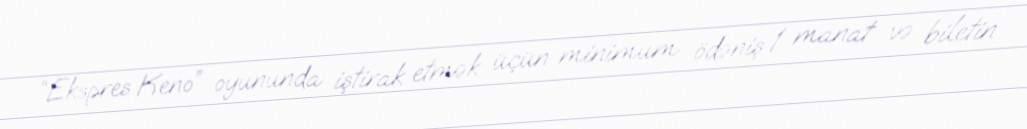
“Ekspres Keno” oyununda iştirak etmək üçün minimum ödəniş 1 manat və biletin